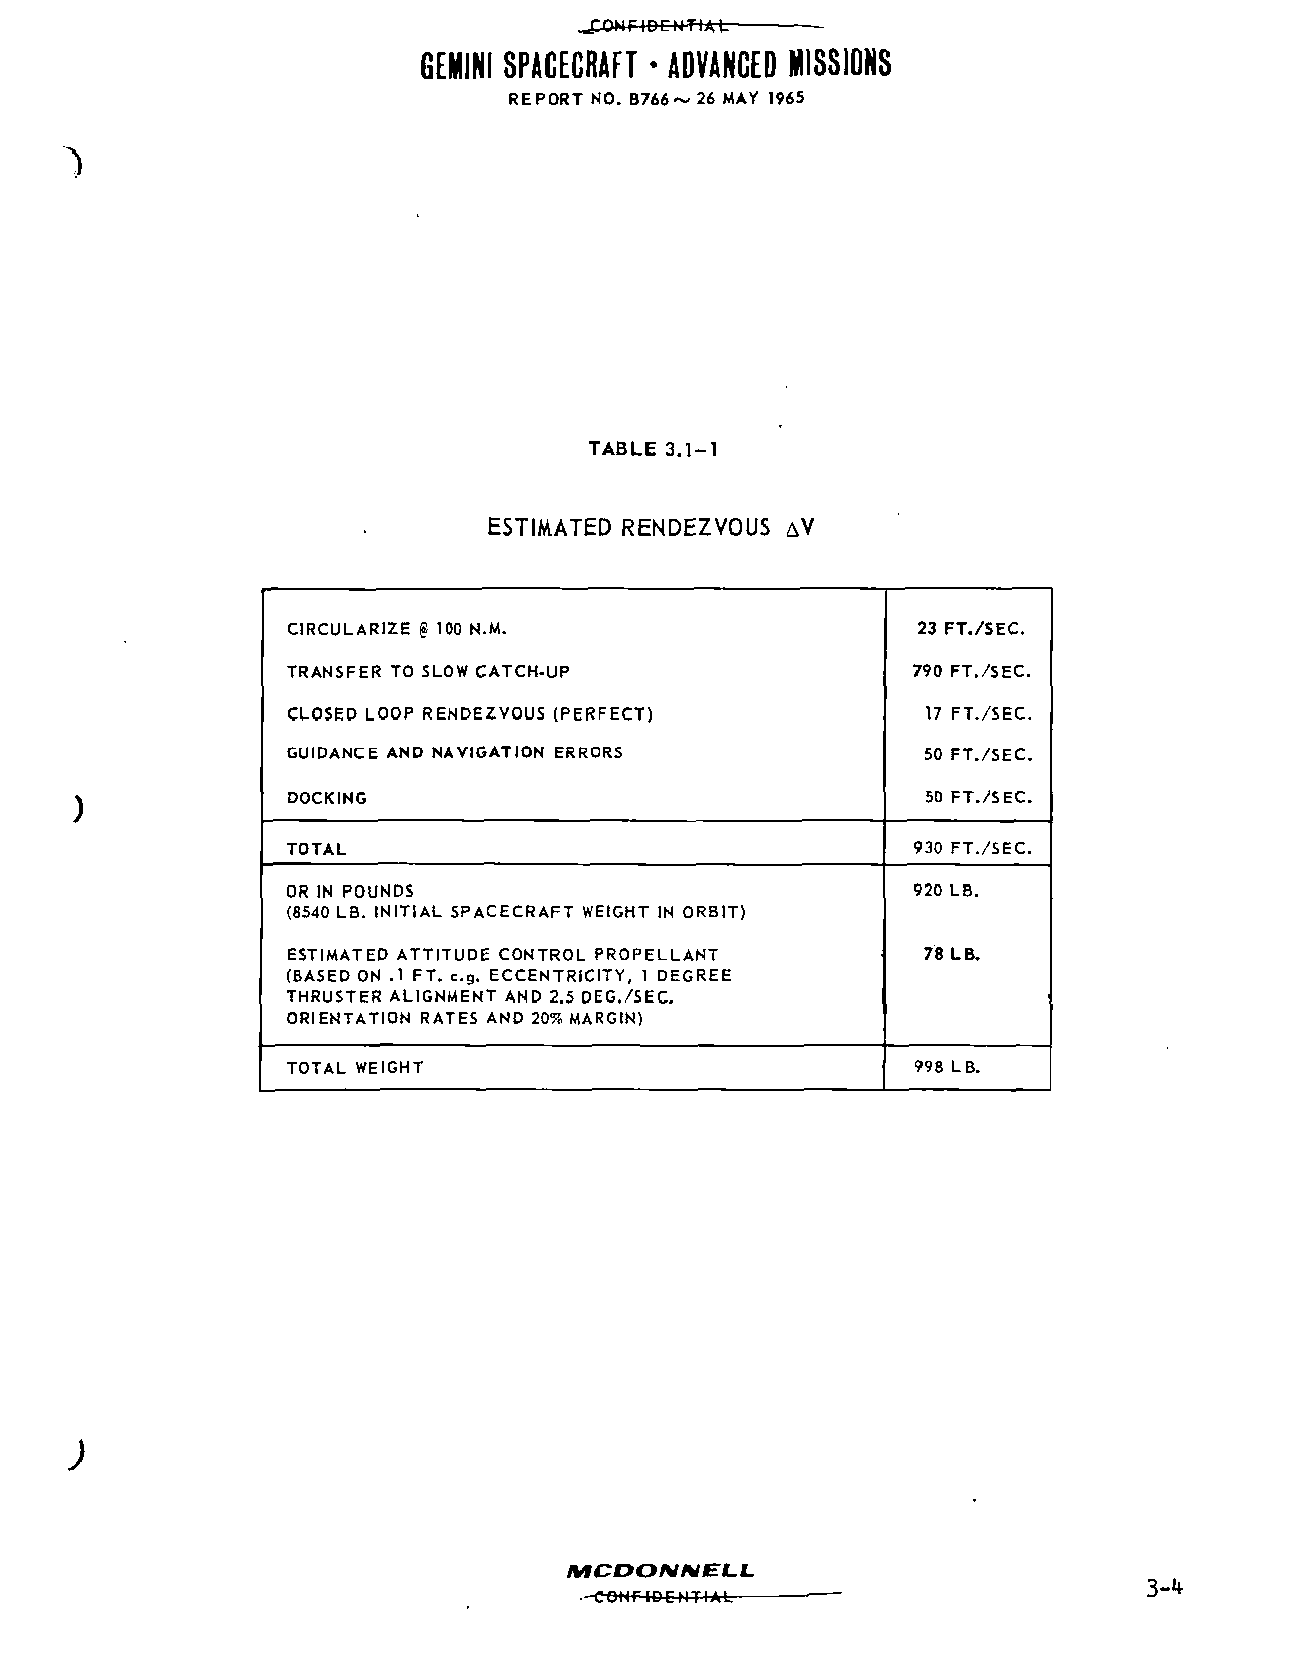
GEMINI SPACECRAFT * ADVANCED MISSIONS
 REPORT NO. B766~ 26 MAY 1965
 TABLE 3.1-1
 ESTIMATED RENDEZVOUS AV
 CIRCULARIZE g 100 N.M.                    23 FT./SEC.
 TRANSFER TO SLOW CATCH-UP                790 FT./SEC.
 CLOSED LOOP RENDEZVOUS (PERFECT)          17 FT./SEC.
 GUIDANCE AND NAVIGATION ERRORS            50 FT./SEC.
 DOCKING                                   50 FT./SEC.
 TOTAL                                    930 FT./SEC.
 OR IN POUNDS                             920 LB.
 (8540 LB. INITIAL SPACECRAFT WEIGHT IN ORBIT)
 ESTIMATED ATTITUDE CONTROL PROPELLANT     78 LB.
 (BASED ON .1 FT. e.g. ECCENTRICITY, 1 DEGREE
 THRUSTER ALIGNMENT AND 2.5 DEG./SEC.
 ORIENTATION RATES AND 20% MARGIN)
 TOTAL WEIGHT                             998 LB.
 MCDONNELL.